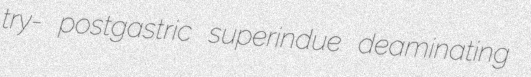
try- postgastric superindue deaminating